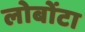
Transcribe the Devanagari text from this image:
लोबोंटा